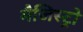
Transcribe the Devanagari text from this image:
मैजिस्ट्रो